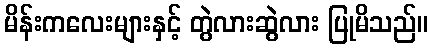
မိန်းကလေးများနှင့် တွဲလားဆွဲလား ပြုမိသည်။